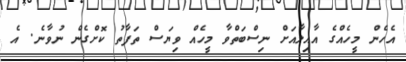
އެހެން މީހެއްގެ އާއިލާއަށް ނިސްބަތްވާ މީހެއް ވިޔަސް ތަފާތު ކޮށްގެން ނުވާނެ. އެ